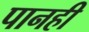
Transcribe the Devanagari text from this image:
पानही